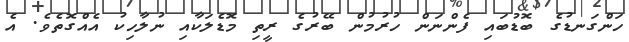
ހަންގަނޑުގެ ބޮޑުބައި ފެންނަން ހުރުމުން ބޭރުގެ ރީތި މޮޑެލަކާއި ނުލާހިކު އެއްގޮތެވެ. އެ